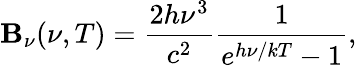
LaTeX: \mathbf{B}_{\nu}(\nu,T)={\frac{{2h\nu^{3}}}{{c^{2}}}}{\frac{{1}}{{e^{h\nu/kT}-1}}},